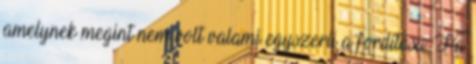
amelynek megint nem volt valami egyszerű a fordítása. Ha